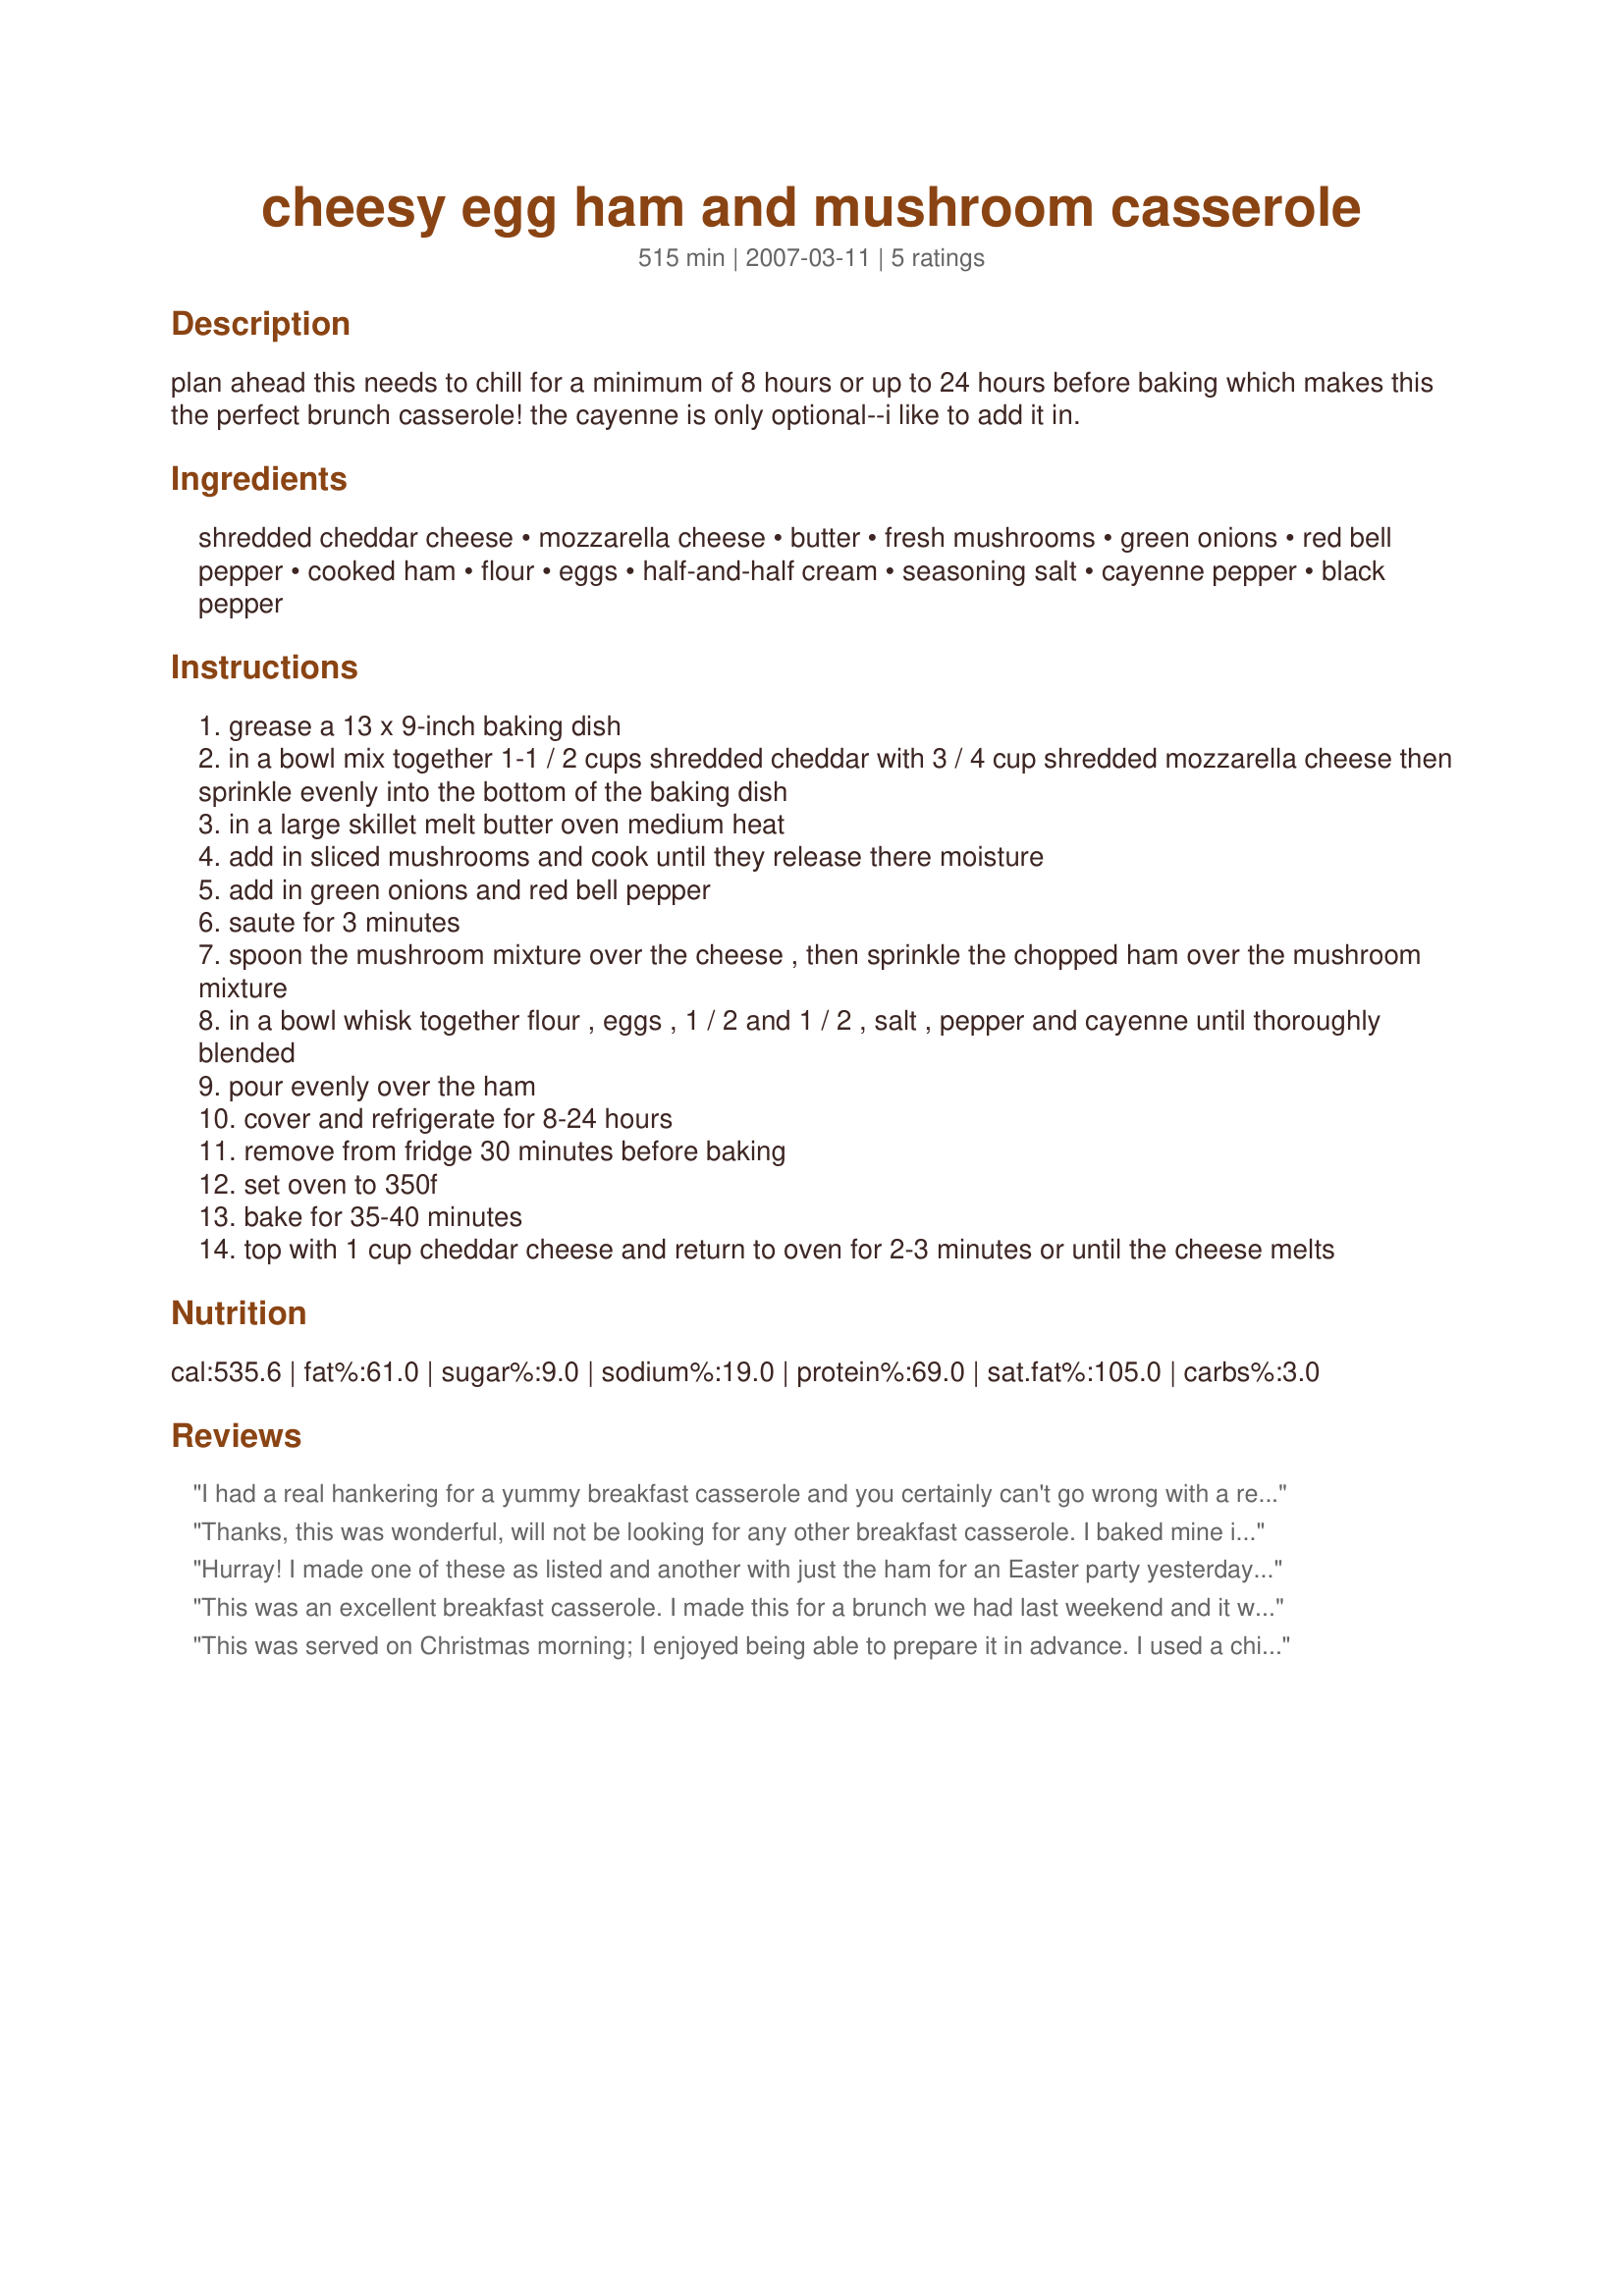
cheesy egg ham and mushroom casserole
Preparation time: 515 minutes

plan ahead this needs to chill for a minimum of 8 hours or up to 24 hours before baking which makes this the perfect brunch casserole! the cayenne is only optional--i like to add it in.

Ingredients:
shredded cheddar cheese, mozzarella cheese, butter, fresh mushrooms, green onions, red bell pepper, cooked ham, flour, eggs, half-and-half cream, seasoning salt, cayenne pepper, black pepper

Steps:
grease a 13 x 9-inch baking dish
in a bowl mix together 1-1 / 2 cups shredded cheddar with 3 / 4 cup shredded mozzarella cheese then sprinkle evenly into the bottom of the baking dish
in a large skillet melt butter oven medium heat
add in sliced mushrooms and cook until they release there moisture
add in green onions and red bell pepper
saute for 3 minutes
spoon the mushroom mixture over the cheese , then sprinkle the chopped ham over the mushroom mixture
in a bowl whisk together flour , eggs , 1 / 2 and 1 / 2 , salt , pepper and cayenne until thoroughly blended
pour evenly over the ham
cover and refrigerate for 8-24 hours
remove from fridge 30 minutes before baking
set oven to 350f
bake for 35-40 minutes
top with 1 cup cheddar cheese and return to oven for 2-3 minutes or until the cheese melts

Reviews:
I had a real hankering for a yummy breakfast casserole and you certainly can't go wrong with a recipe from Kittencal. This was exquisite!
I halved the ingredients and put it together last night. Only difference I made was to use green pepper instead of red, it was all I had.
I noticed the recipe did not state when to add the half-and-half, not that it makes much difference, common sense says to add it to the egg mixture, which is what I did.
I popped it in the oven this morning and had heaven on a plate for breakfast! I had two pieces and had to stop myself from inhaling more. Happily DH isn't much for breakfast food, and I'm not going to tell him how wonderful this stuff is, leftovers are mine! Yay!
Oh, I also opted for using the cayenne, it wouldn't be the same without it. Thanks Kitten!
Thanks, this was wonderful, will not be looking for any other breakfast casserole. I baked mine in two glass pie plates, this way, if someone doesnt like mushrooms, they wont have to pick them out, OR COMPLAIN!!!
Hurray! I made one of these as listed and another with just the ham for an Easter party yesterday and both went over fabulously! Thank you very much!
This was an excellent breakfast casserole. I made this for a brunch we had last weekend and it was so easy to prepare, since all the work is done the night before. Made exactly as directed and had wonderful results. It did take a bit longer to bake for me about 50 minutes.
This was served on Christmas morning; I enjoyed being able to prepare it in advance. I used a chicken based sausage diced up instead of the ham, as some of the folks did not eat pork. I made 2 casseroles; one for home & one for church. I will warn you if you are taking this to cook somewhere else - keep the eggs in a sealed container & add them in at your destination! I thought I was being very careful, but a significant portion of my eggs spilled out en route. (I just asked the person on the other end to scramble up some eggs & put them on top, hope it worked out.) My family definately enjoyed the casserole.
